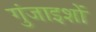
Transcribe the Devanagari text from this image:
गुंजाइशों